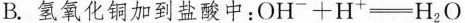
B.氢氧化铜加到盐酸中：$$OH_{-}+H_{+}=H_{2}O$$